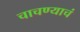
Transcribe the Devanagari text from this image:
चाचण्याचं